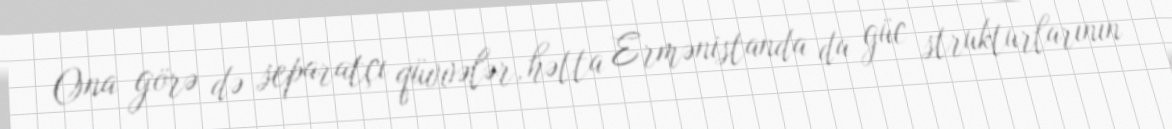
Ona görə də separatçı qüvvələr, hətta Ermənistanda da güc strukturlarının